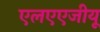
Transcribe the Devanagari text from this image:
एलएएजीयू